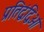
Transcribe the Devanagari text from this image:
प्रतिद्वंद्विओं